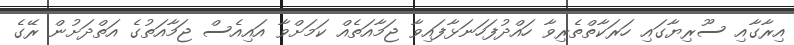
އިރާގާއި ސޫރިޔާގައި ހަރަކާތްތެރިވާ ހައްދުފަހަނަޅާފައިވާ ޖަމާއަތެއް ކަމަށްވާ އައިއެސް ޖަމާއަތުގެ އަތްދަށުން ރޭގެ